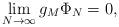
LaTeX: \begin{align*} \lim_{N\to\infty}g_M\Phi_N=0,\end{align*}